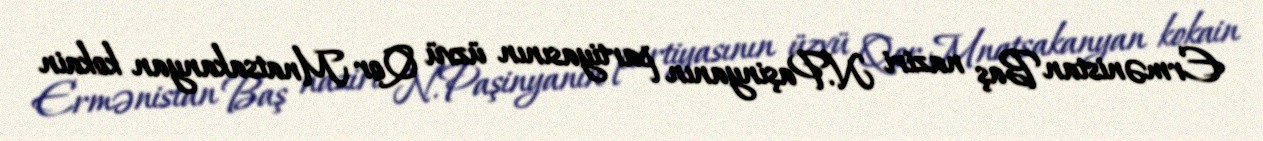
Ermənistan Baş naziri N.Paşinyanın partiyasının üzvü Qor Mnatsakanyan kokain